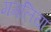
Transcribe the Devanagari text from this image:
मगलिया